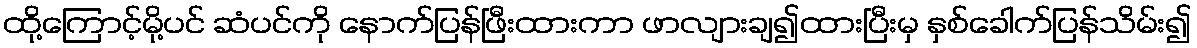
ထို့ကြောင့်မို့ပင် ဆံပင်ကို နောက်ပြန်ဖြီးထားကာ ဖာလျားချ၍ထားပြီးမှ နှစ်ခေါက်ပြန်သိမ်း၍